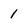
Character: 1